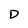
Character: D